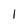
Character: l